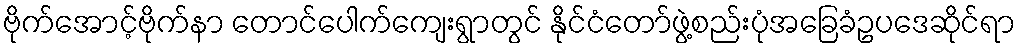
ဗိုက်အောင့်ဗိုက်နာ တောင်ပေါက်ကျေးရွာတွင် နိုင်ငံတော်ဖွဲ့စည်းပုံအခြေခံဥပဒေဆိုင်ရာ